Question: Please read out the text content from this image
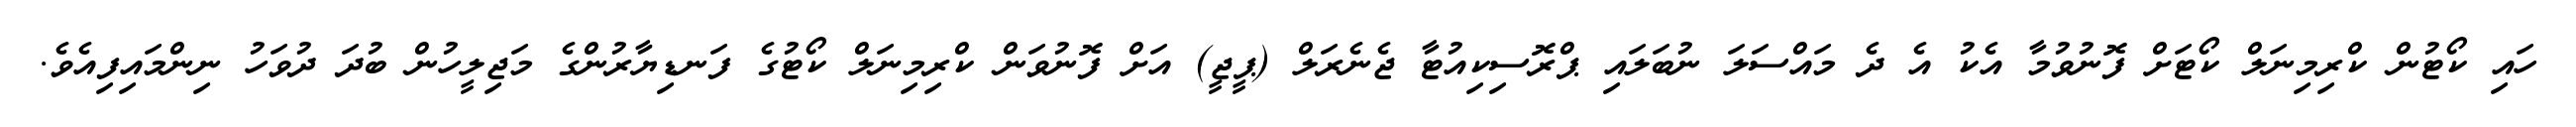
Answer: ހައި ކޯޓުން ކްރިމިނަލް ކޯޓަށް ފޮނުވުމާ އެކު އެ ދެ މައްސަލަ ނުބަލައި ޕްރޮސިކިއުޓާ ޖެނެރަލް (ޕީޖީ) އަށް ފޮނުވަން ކްރިމިނަލް ކޯޓުގެ ފަނޑިޔާރުންގެ މަޖިލީހުން ބުދަ ދުވަހު ނިންމައިފިއެވެ.